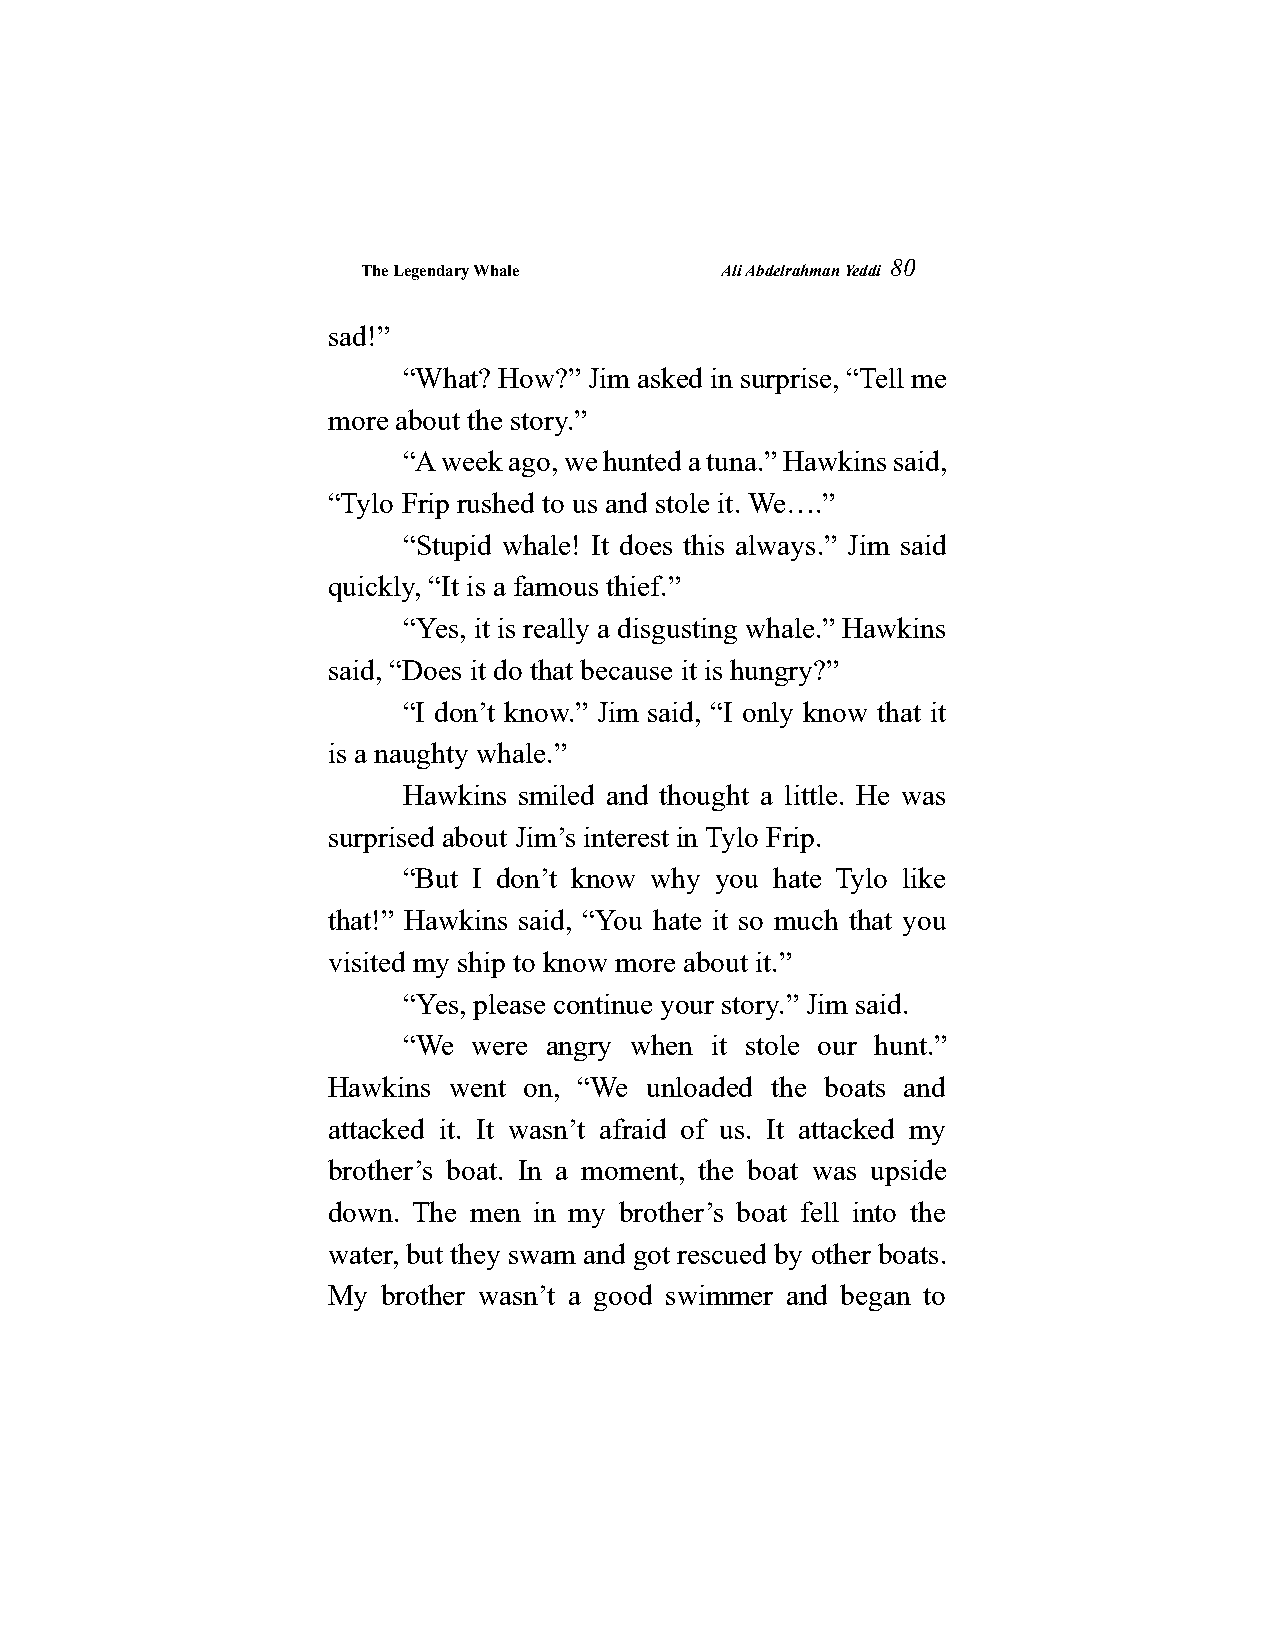
The Legendary Whale     Ali Abdelrahman Yeddi
 80
 sad!”
 “What? How?” Jim asked in surprise, “Tell me
 more about the story.”
 “A week ago, we hunted a tuna.” Hawkins said,
 “Tylo Frip rushed to us and stole it. We….”
 “Stupid whale! It does this always.” Jim said
 quickly, “It is a famous thief.”
 “Yes, it is really a disgusting whale.” Hawkins
 said, “Does it do that because it is hungry?”
 “I don’t know.” Jim said, “I only know that it
 is a naughty whale.”
 Hawkins smiled and thought a little. He was
 surprised about Jim’s interest in Tylo Frip.
 “But I don’t know why you hate Tylo like
 that!” Hawkins said, “You hate it so much that you
 visited my ship to know more about it.”
 “Yes, please continue your story.” Jim said.
 “We were angry when it stole our hunt.”
 Hawkins went on, “We unloaded the boats and
 attacked it. It wasn’t afraid of us. It attacked my
 brother’s boat. In a moment, the boat was upside
 down. The men in my brother’s boat fell into the
 water, but they swam and got rescued by other boats.
 My brother wasn’t a good swimmer and began to